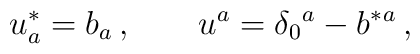
u^*_a = b_a\,,\qquad u^a = \delta_0{}^a - b^*{}^a\,,